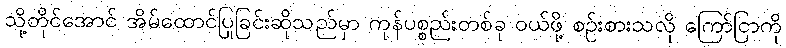
သို့တိုင်အောင် အိမ်ထောင်ပြုခြင်းဆိုသည်မှာ ကုန်ပစ္စည်းတစ်ခု ဝယ်ဖို့ စဉ်းစားသလို ကြော်ငြာကို